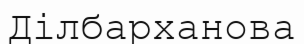
Ділбарханова